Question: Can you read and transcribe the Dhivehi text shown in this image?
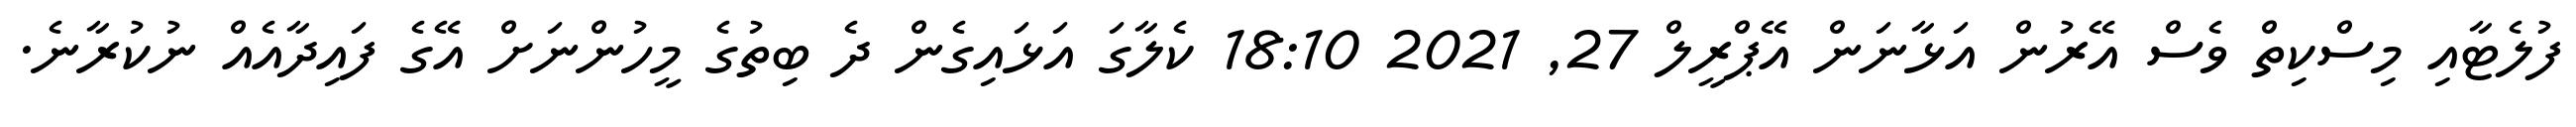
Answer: ފުލެޓާއި މިސްކިތް ވެސް އޭރުން އަޅާނަން އޭޕްރީލް 27, 2021 18:10 ކެލާގަ އަޅައިގެން ދެ ބިތުގެ މީހުންނަށް އޭގެ ފައިދާއެއް ނުކުރާނެ.